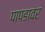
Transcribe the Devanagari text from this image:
पापडावर